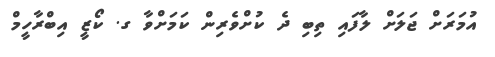
އުމަރަށް ޖަލަށް ލާފައި ތިބި ދެ ކުށްވެރިން ކަމަށްވާ ގ. ކޯޒީ އިބްރާހީމް